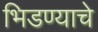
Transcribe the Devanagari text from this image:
भिडण्याचे